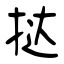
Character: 挞